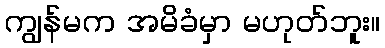
ကျွန်မက အမိခံမှာ မဟုတ်ဘူး။